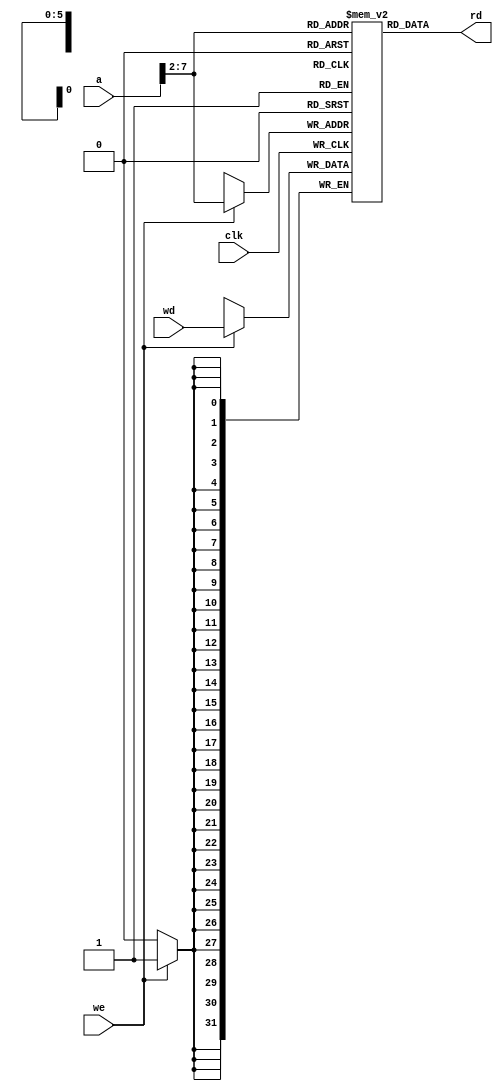
module dmem(
	input				clk,
	input				we,
	input		[31:0]	a,
	input		[31:0]	wd,
	output wire [31:0]	rd
);

	reg [31:0] RAM[63:0];

	assign rd = RAM[a[31:2]]; // word aligned

	always @(posedge clk) begin
		if (we)
			RAM[a[31:2]] <= wd;
	end

endmodule